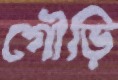
গৌড়ি